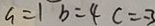
a = 1 b = 4 c = - 3